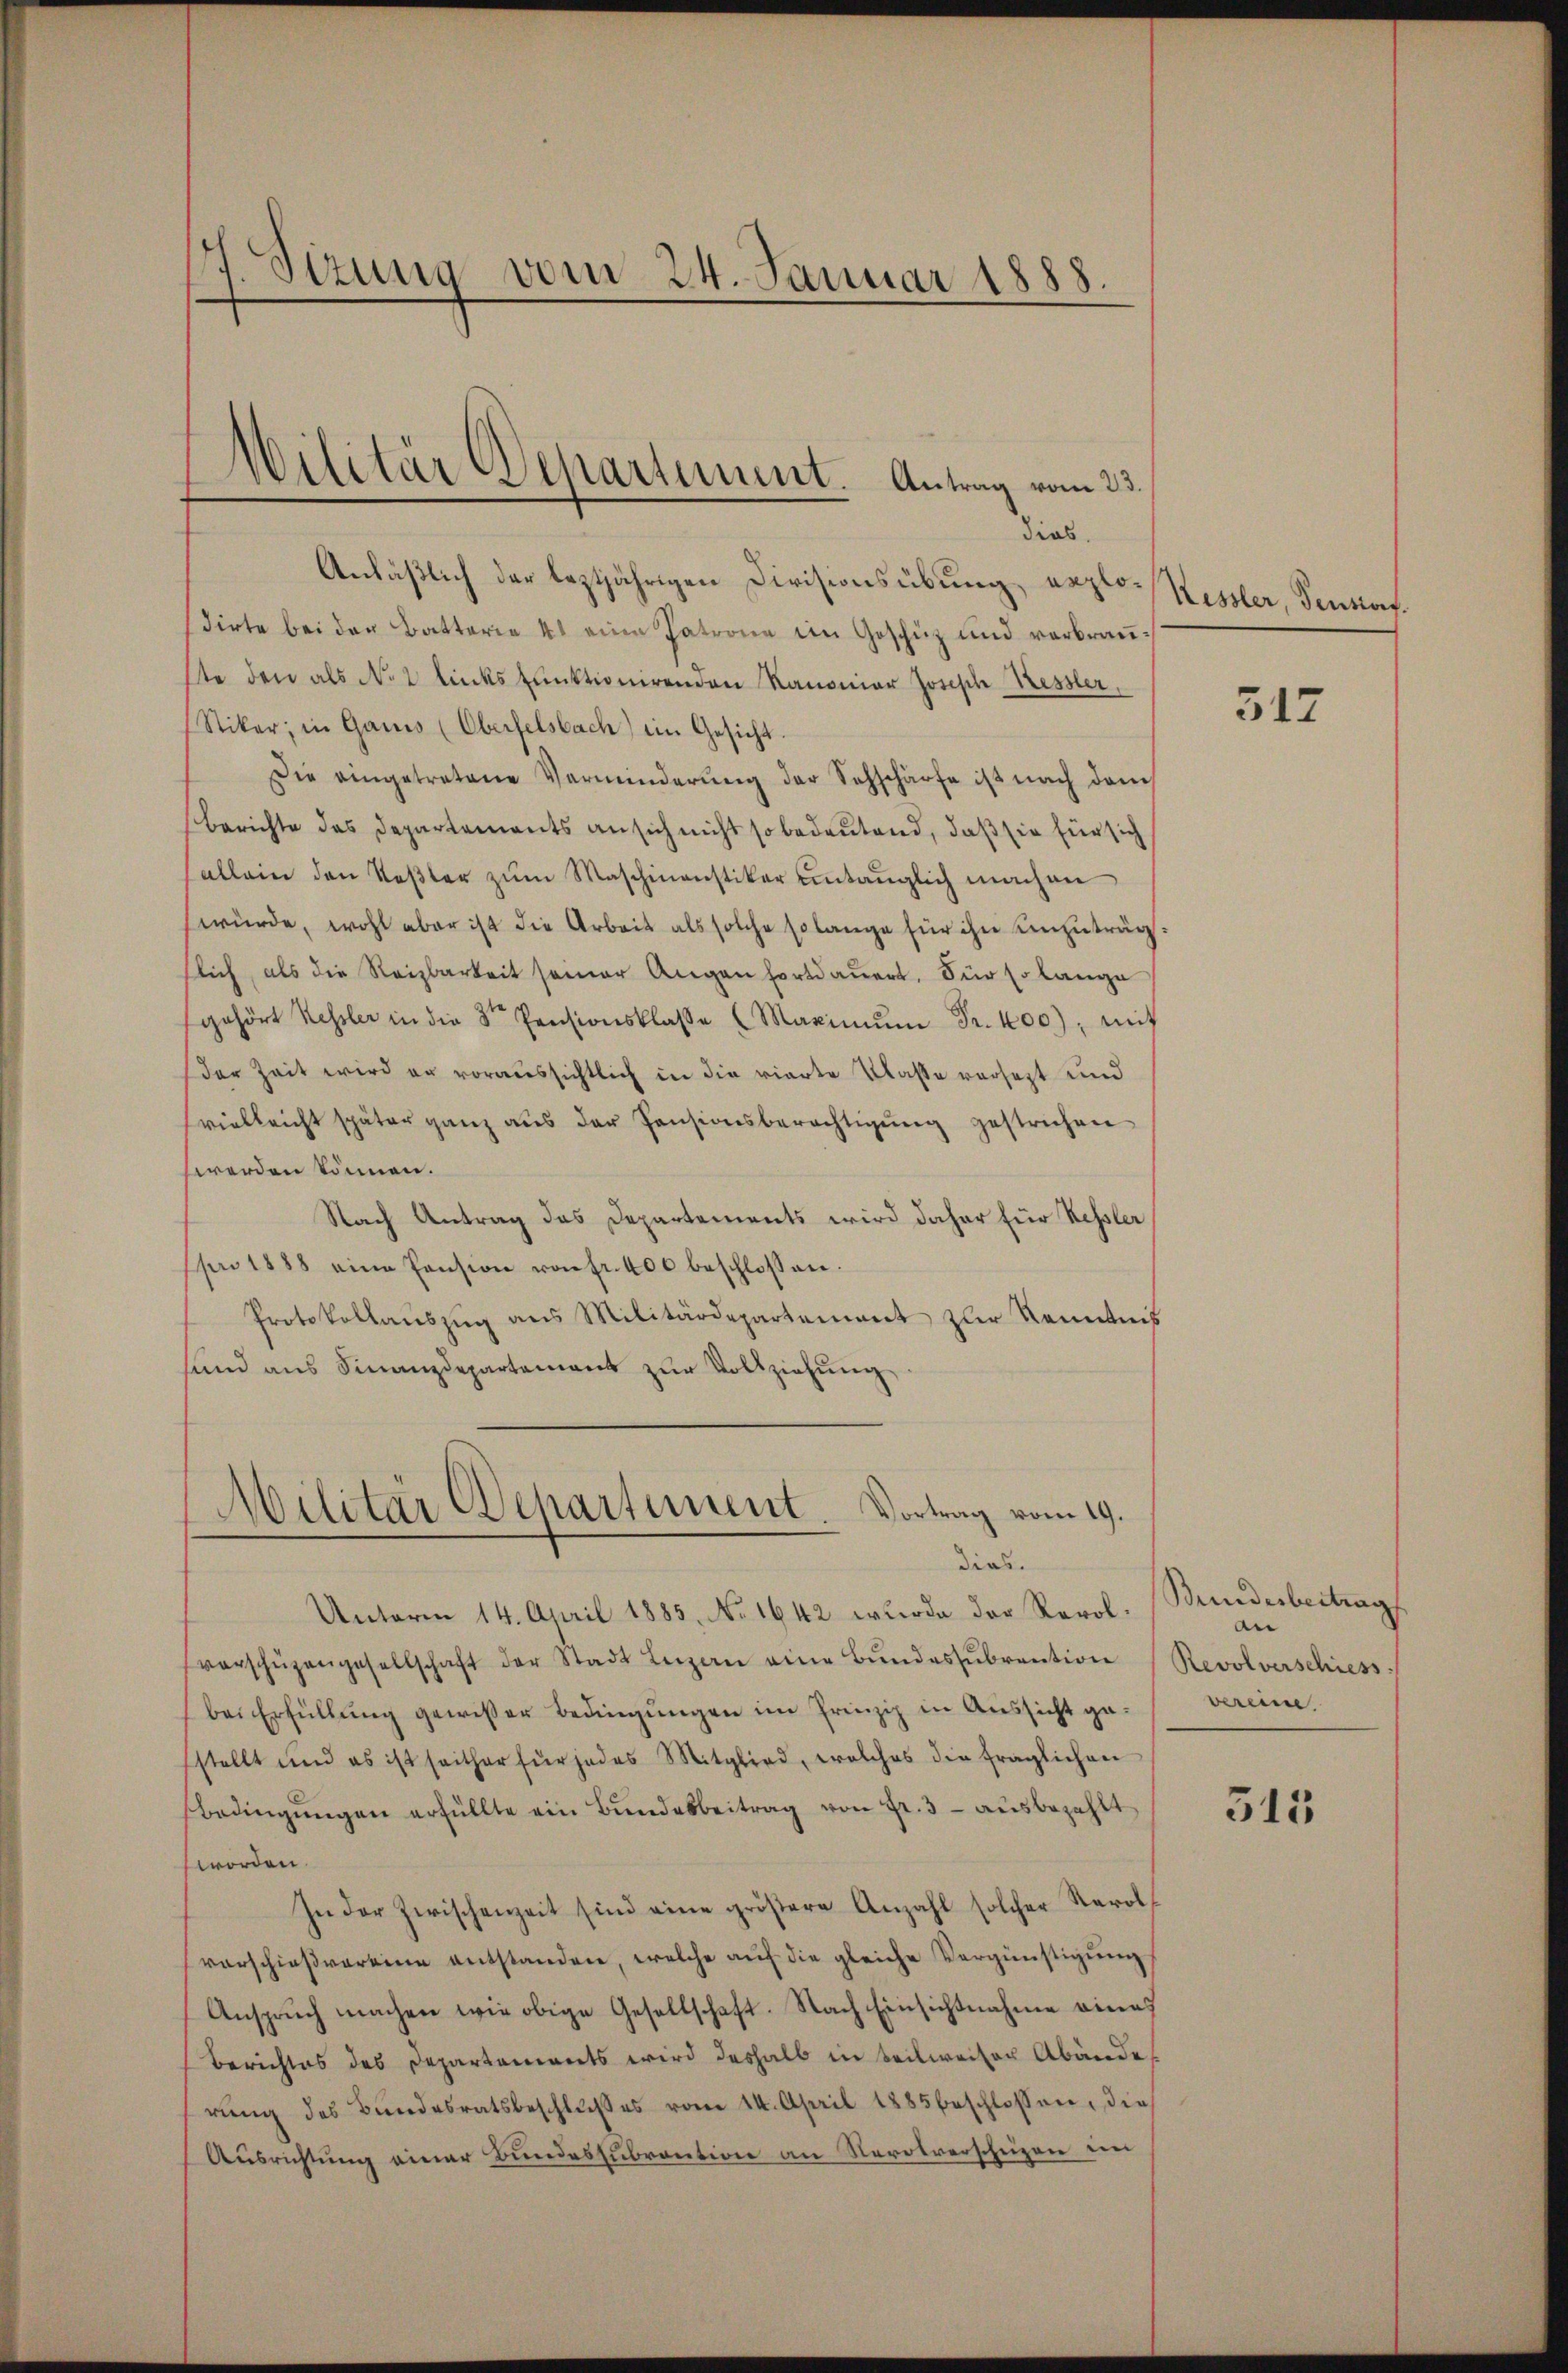
P.Sizung vom 24. Januar 1888.

Anläßlich der leztjährigen Divisionsübung, erplodirte bei der Batterie 41 eine Patrone im Geschüz und verbrauste den als No 2 linkspunktionirenden Kanonier Josisch Kessler,
Stiker, in Ganis (Oberfelsbach) ein Gesicht
Die eingetretene Verminderŭng der Sehschärfe ist nach dem
Berichte des Departements an sich nicht so bedeutend, daß sie für sich
sallein den Roβler zŭm Maschinenstiker untauglich machen
würde, wohl aber ist die Arbeit als solche solange für ihn unzuträgslich, als die Reizbarkeit seiner Augen fortdauert. Für so lange
gehört Kessler in die Dr. Pensionsklasse (Maximŭm Fr. 100), mit
der Zeit wird er voraussichtlich in die vierte Klasse versetzt und
vielleicht später ganz aus der Pensionsberechtigŭng gestrichen
werden können.
Nach Antrag das Departements wird daher für Kessler
s 1888 eine Pension von fr. 400 beschlossen.
Protokollaŭszŭg ans Militärdepartement zur Kenntnis
sind aus Finanzdepartement zur Vollziehung

Militär Departiunt. Antrag vom 23.
dies

Militär Departement. Vortrag vom 19.
dias.

Unterm 14. April 1885, No 1642 wurde der Revolverschüzengesellschaft der Stadt Lezan eine Bŭndessŭbvention (Revolverschiess.
bei Erfüllung gewisser Bedingungen im Prinzip in Aussicht gesstellt und es ist seither für jedes Mitglied, welches die fraglichen
Bedingŭngen erfüllte ein Bŭndesbeitrag von Fr. 3 - ausbezahlt
worden.
In der Zwischenzeit sind eine gröβere Anzahl solcher Karol
verschieβvereine entstanden, welche aŭf die gleiche Vergünstigŭng
Ansprŭch machen wir obige Gesellschaft. Nach Einsichtnahme eines
Berichtes des Departements wird deshalb in teilweiser Abänderŭng des Bŭndesratsbeschlŭβ es vom 14. April 1885 beschlossen, die
Ausrichtŭng einer Bundessŭbrantion an Nevolverschüzen im

Kessler, Fenstorf.

517

Bunderbertrag
an
vereine.

515